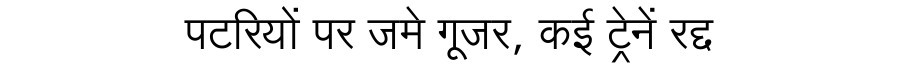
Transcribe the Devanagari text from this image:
पटरियों पर जमे गूजर, कई ट्रेनें रद्द